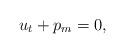
LaTeX: \begin{align*}u_t+p_m=0, \end{align*}